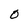
Character: 0